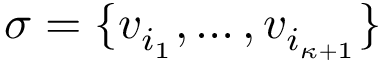
\sigma = \{ v _ { i _ { 1 } } , \ldots , v _ { i _ { \kappa + 1 } } \}